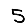
Digit: 5